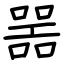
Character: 噐